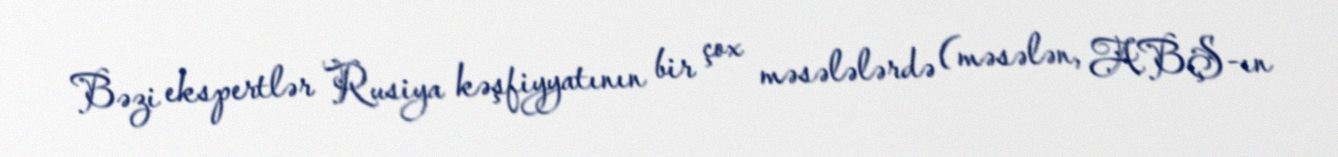
Bəzi ekspertlər Rusiya kəşfiyyatının bir çox məsələlərdə (məsələn, ABŞ-ın